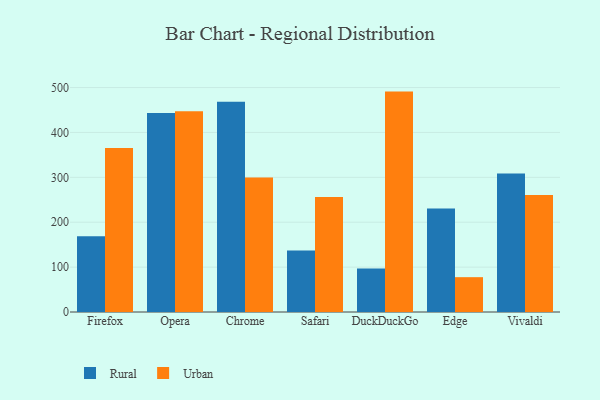
{"axis": {"x": "Browser", "y": "Latency (ms)"}, "legend": ["Rural", "Urban"], "data": [{"x": "Firefox", "y": 168.8, "type": "Rural"}, {"x": "Firefox", "y": 365.1, "type": "Urban"}, {"x": "Opera", "y": 443.4, "type": "Rural"}, {"x": "Opera", "y": 447.3, "type": "Urban"}, {"x": "Chrome", "y": 468.6, "type": "Rural"}, {"x": "Chrome", "y": 299.5, "type": "Urban"}, {"x": "Safari", "y": 137.1, "type": "Rural"}, {"x": "Safari", "y": 256.4, "type": "Urban"}, {"x": "DuckDuckGo", "y": 96.8, "type": "Rural"}, {"x": "DuckDuckGo", "y": 491.0, "type": "Urban"}, {"x": "Edge", "y": 230.8, "type": "Rural"}, {"x": "Edge", "y": 77.6, "type": "Urban"}, {"x": "Vivaldi", "y": 308.5, "type": "Rural"}, {"x": "Vivaldi", "y": 260.5, "type": "Urban"}]}